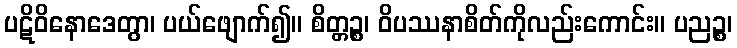
ပဋိဝိနောဒေတွာ၊ ပယ်ဖျောက်၍။ စိတ္တဉ္စ၊ ဝိပဿနာစိတ်ကိုလည်းကောင်း။ ပညဉ္စ၊